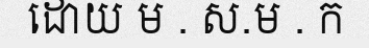
ដោយ ម . ស.ម . ក